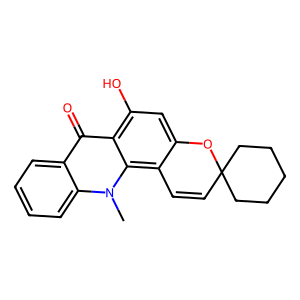
SMILES: Cn1c2ccccc2c(=O)c2c(O)cc3c(c21)C=CC1(CCCCC1)O3
Inhibits HIV replication: No